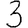
Digit: 3